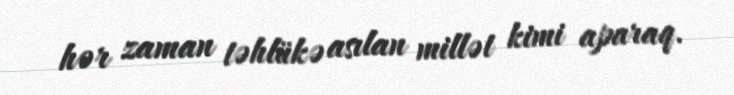
hər zaman təhlükə asılan millət kimi aparaq.